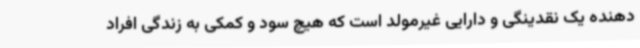
دهنده یک نقدینگی و دارایی غیرمولد است که هیچ سود و کمکی به زندگی افراد